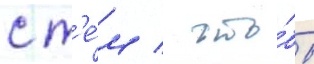
с т'е́м / что́бы